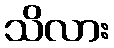
သိလား